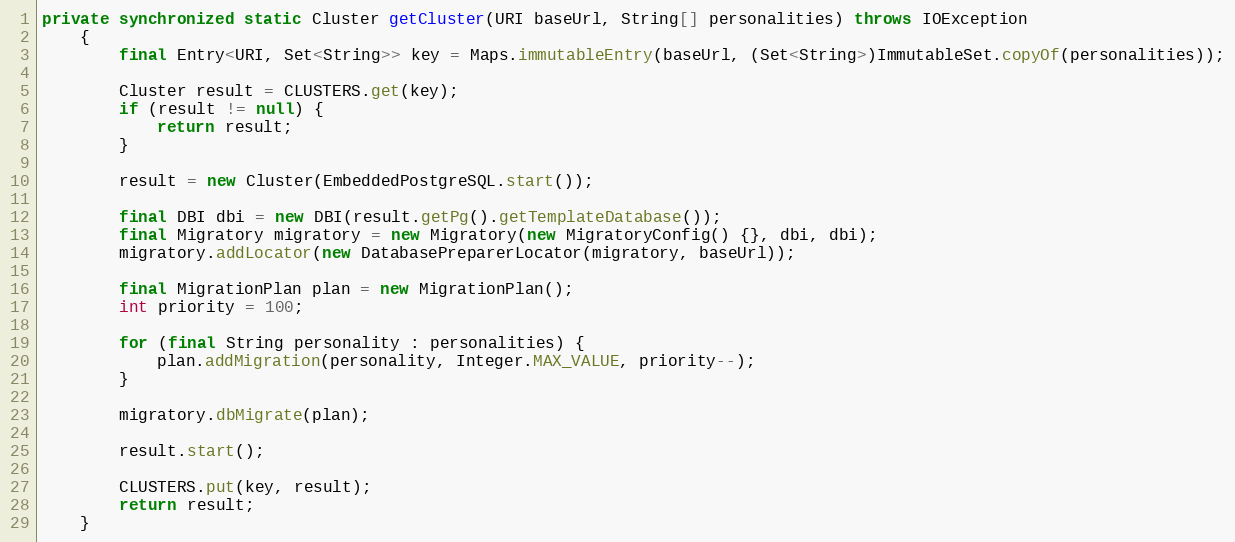
Language: Java
private synchronized static Cluster getCluster(URI baseUrl, String[] personalities) throws IOException
    {
        final Entry<URI, Set<String>> key = Maps.immutableEntry(baseUrl, (Set<String>)ImmutableSet.copyOf(personalities));

        Cluster result = CLUSTERS.get(key);
        if (result != null) {
            return result;
        }

        result = new Cluster(EmbeddedPostgreSQL.start());

        final DBI dbi = new DBI(result.getPg().getTemplateDatabase());
        final Migratory migratory = new Migratory(new MigratoryConfig() {}, dbi, dbi);
        migratory.addLocator(new DatabasePreparerLocator(migratory, baseUrl));

        final MigrationPlan plan = new MigrationPlan();
        int priority = 100;

        for (final String personality : personalities) {
            plan.addMigration(personality, Integer.MAX_VALUE, priority--);
        }

        migratory.dbMigrate(plan);

        result.start();

        CLUSTERS.put(key, result);
        return result;
    }